Senior Leaving Certificate, 1939
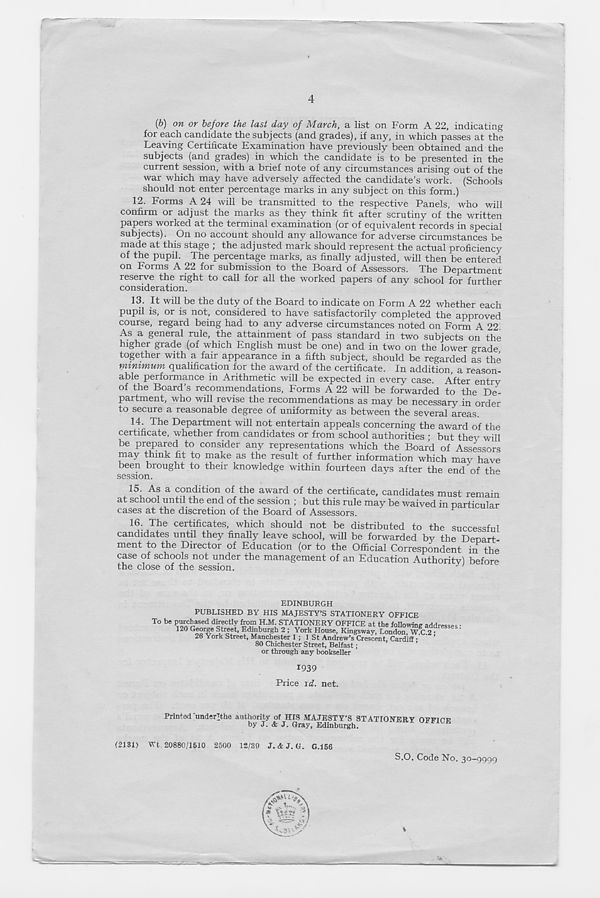
4
(6) on or before the last day of March, a list on Form A 22, indicating
for each candidate the subjects (and grades), if any, in which passes at the
Leaving Certificate Examination have previously been obtained and the
subjects (and grades) in which the candidate is to be presented in the
current session, with a brief note of any circumstances arising out of the
war which may have adversely affected the candidate’s work. (Schools
should not enter percentage marks in any subject on this form.)
12. Forms A 24 will be transmitted to the respective Panels, who will
confirm or adjust the marks as they think fit after scrutiny of the written
papers worked at the terminal examination (or of equivalent records in special
subjects). On no account should any allowance for adverse circumstances be
made at this stage ; the adjusted mark should represent the actual proficiency
of the pupil. The percentage marks, as finally adjusted, will then be entered
on Forms A 22 for submission to the Board of Assessors. The Department
reserve the right to call for all the worked papers of any school for further
consideration.
13. It will be the duty of the Board to indicate on Form A 22 whether each
pupil is, or is not, considered to have satisfactorily completed the approved
course, regard being had to any adverse circumstances noted on Form A 22
As a general rule, the attainment of pass standard in two subjects on the
higher grade (of which English must be one) and in two on the lower grade
together with a fair appearance in a fifth subject, should be regarded as the
minimum qualification for the award of the certificate. In addition, a reason-
able performance in Arithmetic will be expected in every case. After entry
of the Board’s recommendations. Forms A 22 will be forwarded to the De-
partment, who will revise the recommendations as may be necessary in order
to secure a reasonable degree of uniformity as between the several areas.
14. The Department will not entertain appeals concerning the award of the
certificate, whether from candidates or from school authorities ; but they will
be prepared to consider any representations which the Board of Assessors
may think fit to make as the result of further information which may have
been brought to their knowledge within fourteen days after the end of the
session.
15 As a condition of the award of the certificate, candidates must remain
at school until the end of the session ; but this rule may be waived in particular
cases at the discretion of the Board of Assessors.
16. The certificates, which should not be distributed to the successful
candidates until they finally leave school, will be forwarded by the Depart
ment to the Director of Education (or to the Official Correspondent in the
case of schools not under the management of an Education Authority) before
the close of the session.
J
EDINBURGH
PUBLISHED BY HIS MAJESTY’S STATIONERY OFFICE
1939
Price \d. net.
Printad'under3the authority of HIS MAJESTY’S STATIONERY OFFICE
by J. <fc J. Gray, Edinburgh.
2500 12/39 J. <fc J. G.
S.O. Code No. 30—9999
%
(2131) Wt. 20880/1510
G.156